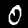
Digit: 0